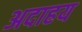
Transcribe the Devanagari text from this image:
अदाहय